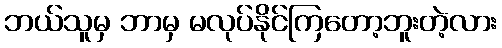
ဘယ်သူမှ ဘာမှ မလုပ်နိုင်ကြတော့ဘူးတဲ့လား